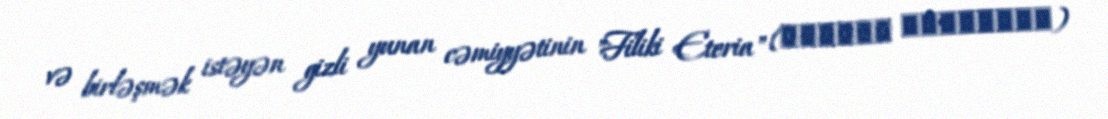
və birləşmək istəyən gizli yunan cəmiyyətinin "Filiki Eteria" (Φιλική Εταιρεία)